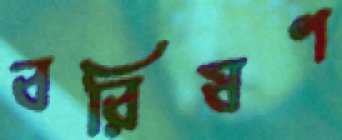
বরিষণ